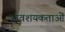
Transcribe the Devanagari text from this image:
आवशयकताओं